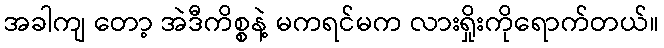
အခါကျ တော့ အဲဒီကိစ္စနဲ့ မကရင်မက လားရှိုးကိုရောက်တယ်။